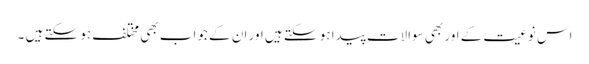
اس نوعیت کے اور بھی سوالات پیدا ہو سکتے ہیں اور ان کے جواب بھی مختلف ہو سکتے ہیں ۔